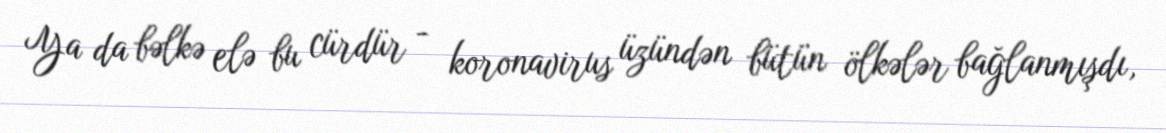
Ya da bəlkə elə bu cürdür - koronavirus üzündən bütün ölkələr bağlanmışdı,